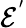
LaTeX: \mathcal{E}^{'}